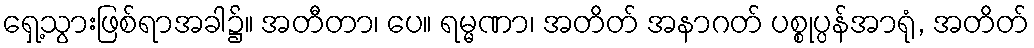
ရှေ့သွားဖြစ်ရာအခါ၌။ အတီတာ၊ ပေ။ ရမ္မဏာ၊ အတိတ် အနာဂတ် ပစ္စုပ္ပန်အာရုံ, အတိတ်